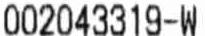
002043319-W